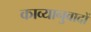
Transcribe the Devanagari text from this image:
काव्यानुवादों